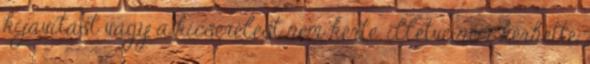
kijavítást vagy a kicserélést nem kérte, illetve nem kérhette,